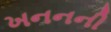
ખનનની